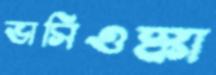
ভাসিওস্কা